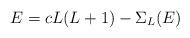
LaTeX: \begin{align*}E=cL(L+1)-\Sigma_L(E)\end{align*}